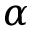
\alpha